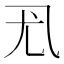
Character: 𰀳